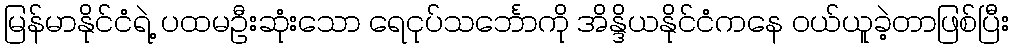
မြန်မာနိုင်ငံရဲ့ ပထမဦးဆုံးသော ရေငုပ်သင်္ဘောကို အိန္ဒိယနိုင်ငံကနေ ဝယ်ယူခဲ့တာဖြစ်ပြီး